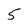
Character: 5